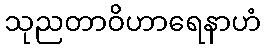
သုညတာဝိဟာရေနာဟံ